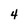
Character: 4